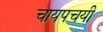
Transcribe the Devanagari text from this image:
चायपचयी